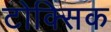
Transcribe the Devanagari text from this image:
टोक्सिक